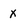
Character: x